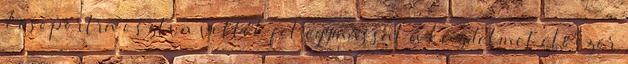
7 csoportra osztva vették fel egymással a küzdelmet először